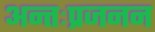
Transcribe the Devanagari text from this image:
अन्तःप्रजनन